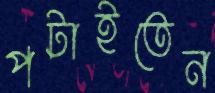
পটাইতেন